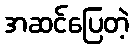
အဆင်ပြေတဲ့